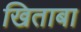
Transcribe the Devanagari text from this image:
खिताबा